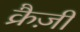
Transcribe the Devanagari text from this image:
क्रैज़ी